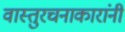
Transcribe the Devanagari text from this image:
वास्तुरचनाकारांनी